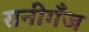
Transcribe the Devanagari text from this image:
रानीगँज